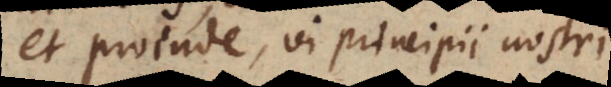
modo vi principii nostri